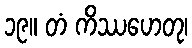
၁၉။ တံ ကိဿဟေတု၊